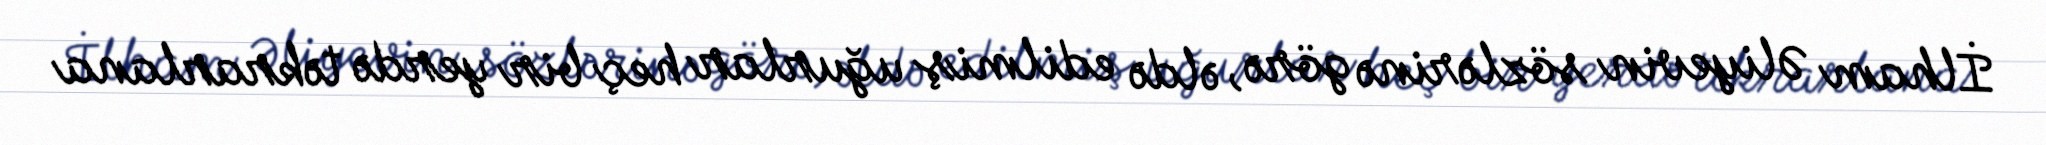
İlham Əliyevin sözlərinə görə, əldə edilmiş uğurlar heç bir yerdə təkrarlana